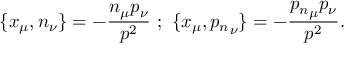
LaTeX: \{ x _ { \mu } , n _ { \nu } \} = - \frac { n _ { \mu } p _ { \nu } } { p ^ { 2 } } ~ ; ~ \{ x _ { \mu } , { p _ { n } } _ { \nu } \} = - \frac { { p _ { n } } _ { \mu } p _ { \nu } } { p ^ { 2 } } .